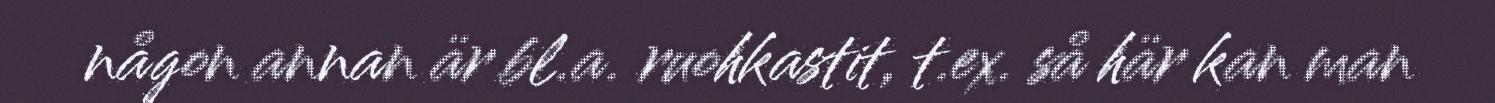
någon annan är bl.a. ruohkastit, t.ex. så här kan man